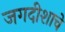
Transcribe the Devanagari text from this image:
जगदीशाचे